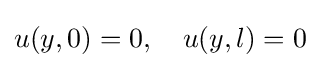
u(y,0)=0,\quad u(y,l)=0